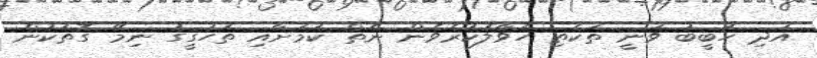
އަދި ހަބީބު ވަނީ ތަކެތި ހަވާލުކުރެވެން ނެތް ކަމަށާއި ތަހުގީގު ނިމޭ ގޮތަކުން